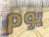
يوم